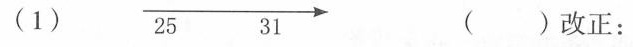
（1）（）改正：